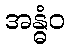
အန္ဓံဝ